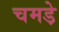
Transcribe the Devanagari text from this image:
चमडे़